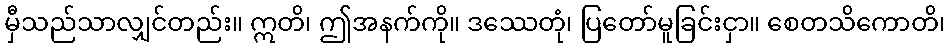
မှီသည်သာလျှင်တည်း။ ဣတိ၊ ဤအနက်ကို။ ဒဿေတုံ၊ ပြတော်မူခြင်းငှာ။ စေတသိကောတိ၊